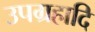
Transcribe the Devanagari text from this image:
उपग्रहादि